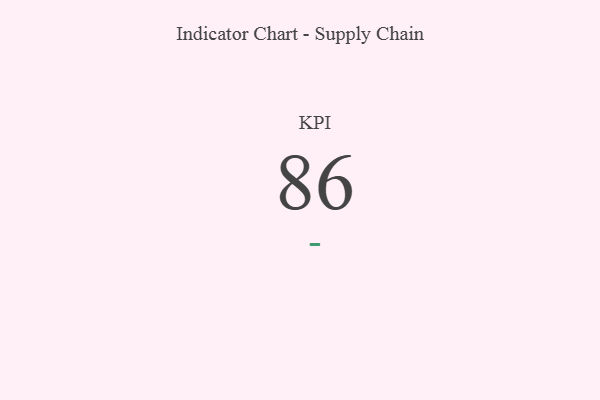
{"axis": {"x": "KPI", "y": "Value"}, "legend": [""], "data": [{"x": "KPI", "y": 86, "type": ""}]}